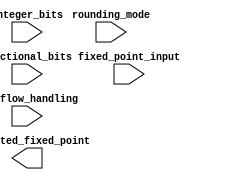
module fixed_point_converter (
    input wire [15:0] fixed_point_input,
    input wire [3:0] integer_bits,
    input wire [3:0] fractional_bits,
    input wire [1:0] rounding_mode,
    input wire [1:0] overflow_handling,
    output reg [15:0] converted_fixed_point
);

// Parameterizable properties
parameter integer_bits = 4;
parameter fractional_bits = 4;
parameter rounding_mode = 2'b00; // default rounding mode to round towards zero
parameter overflow_handling = 2'b00; // default overflow handling to wrap around

// Control logic for different operations

// Add your design logic here

endmodule